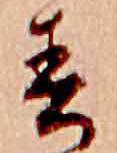
春